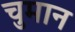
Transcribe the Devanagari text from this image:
चुमान